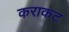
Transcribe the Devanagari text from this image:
कराकट